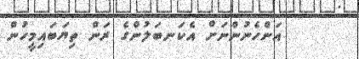
އަންހެނުންނަށް އެކަނބަލުންގެ ރަން ތިޔަބައިމީހުން